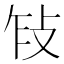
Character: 𢼎